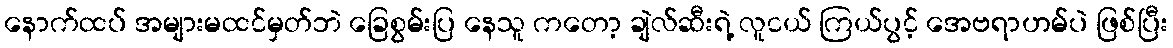
နောက်ထပ် အများမထင်မှတ်ဘဲ ခြေစွမ်းပြ နေသူ ကတော့ ချဲလ်ဆီးရဲ့ လူငယ် ကြယ်ပွင့် အေဗရာဟမ်ပဲ ဖြစ်ပြီး